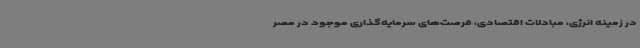
در زمینه انرژی، مبادلات اقتصادی، فرصت‌های سرمایه‌گذاری موجود در مصر